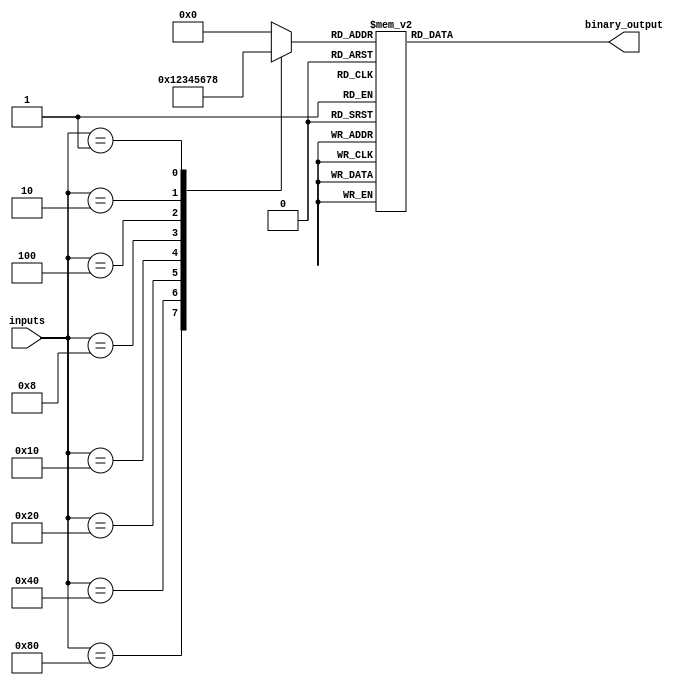
module priority_encoder_decoder(
    input [7:0] inputs,
    output reg [2:0] binary_output
);

reg [7:0] encoded_inputs;

always @(*) begin
    case(inputs)
        8'b10000000: encoded_inputs = 8'b00000001;
        8'b01000000: encoded_inputs = 8'b00000010;
        8'b00100000: encoded_inputs = 8'b00000011;
        8'b00010000: encoded_inputs = 8'b00000100;
        8'b00001000: encoded_inputs = 8'b00000101;
        8'b00000100: encoded_inputs = 8'b00000110;
        8'b00000010: encoded_inputs = 8'b00000111;
        8'b00000001: encoded_inputs = 8'b00001000;
        default: encoded_inputs = 8'b00000000;
    endcase
end

always @(*) begin
    case(encoded_inputs)
        8'b00000001: binary_output = 3'b000;
        8'b00000010: binary_output = 3'b001;
        8'b00000011: binary_output = 3'b010;
        8'b00000100: binary_output = 3'b011;
        8'b00000101: binary_output = 3'b100;
        8'b00000110: binary_output = 3'b101;
        8'b00000111: binary_output = 3'b110;
        8'b00001000: binary_output = 3'b111;
        default: binary_output = 3'b000;
    endcase
end

endmodule